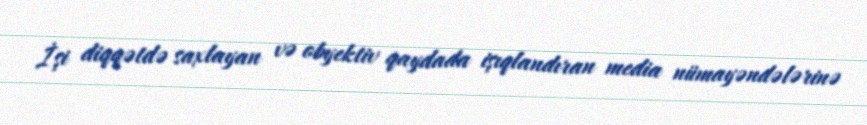
İşi diqqətdə saxlayan və obyektiv qaydada işıqlandıran media nümayəndələrinə